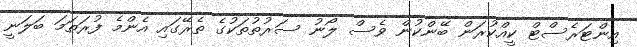
އިންޓަރެސްޓް ކީއްކުރަން ބޭންކުން ވެސް ލޯނު ސަރުތުތަކުގެ ތެރޭގައި އެންމެ ފުރަތަމަ ބަލަނީ